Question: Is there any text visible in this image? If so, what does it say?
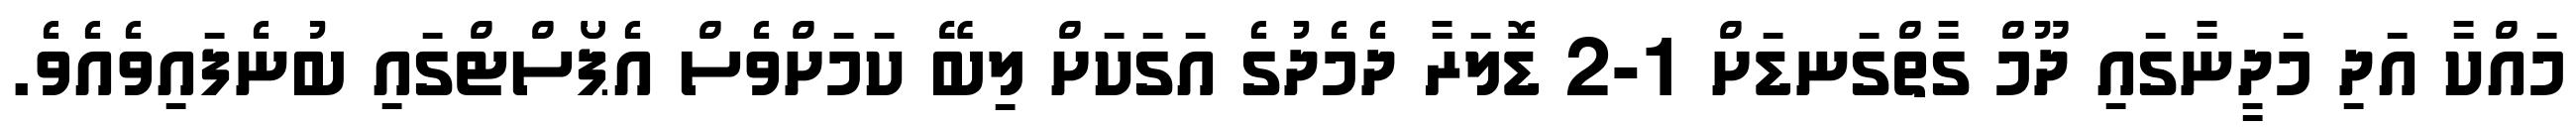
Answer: މައްކާ އަދި މަދީނާގައި ދޫމް ގާތްގަނޑަށް 1-2 ޑޮލަރާ ދެމެދުގެ އަގަކަށް ލިބޭ ކަމަށްވެސް އެޕޯސްޓްގައި ބުނެފައިވެއެވެ.